Document type: Dowry acquittance
Year: 1427
Scribe: Pere Tarafa
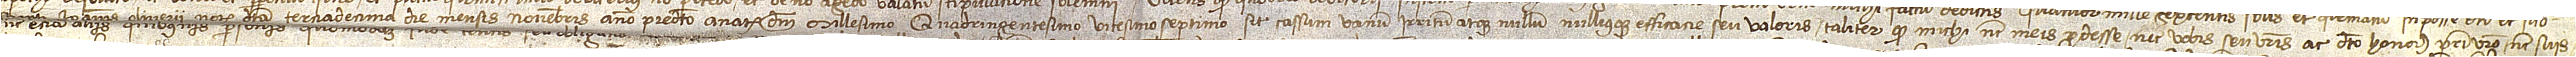
scripti Ioannis Oliverii, notarii, dicta terciadecima die mensis novembris, anno predicto a Nativitate Domini millesimo quadringentesimo vicesimo septimo, sit cassum, vanum, irritum atque nullum nulliusque efficacie seu valoris, taliter quod michi nec meis prodesse nec vobis seu vestris ac dicto honorabili patri vestro nec suis